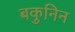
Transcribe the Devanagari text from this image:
बकुनिन